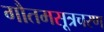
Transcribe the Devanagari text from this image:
गौतमसूत्रचरण